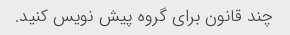
چند قانون برای گروه پیش نویس کنید.